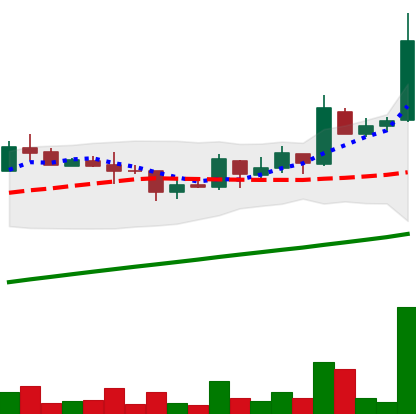
Ticker: LTC-USD
Chart end date: 2017-08-27
Forward return: 40.682%
Label: up_7plus